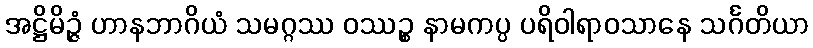
အဋ္ဌိမိဉ္ဇံ ဟာနဘာဂိယံ သမဂ္ဂဿ ဝဿဉ္စ နာမကပ္ပ ပရိဝါရာဝသာနေ သင်္ဂတိယာ